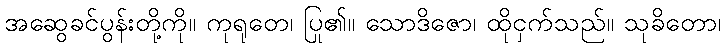
အဆွေခင်ပွန်းတို့ကို။ ကုရုတေ၊ ပြု၏။ သောဒိဇော၊ ထိုငှက်သည်။ သုခိတော၊